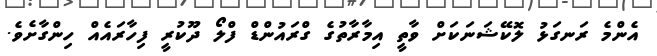
އެންމެ ރަނގަޅު ލޮކޭޝަނަކަށް ވާތީ އިމާރާތުގެ ގްރައުންޑް ފްލޯ ދޫކުރީ ފިހާރައެއް ހިންގާށެވެ.